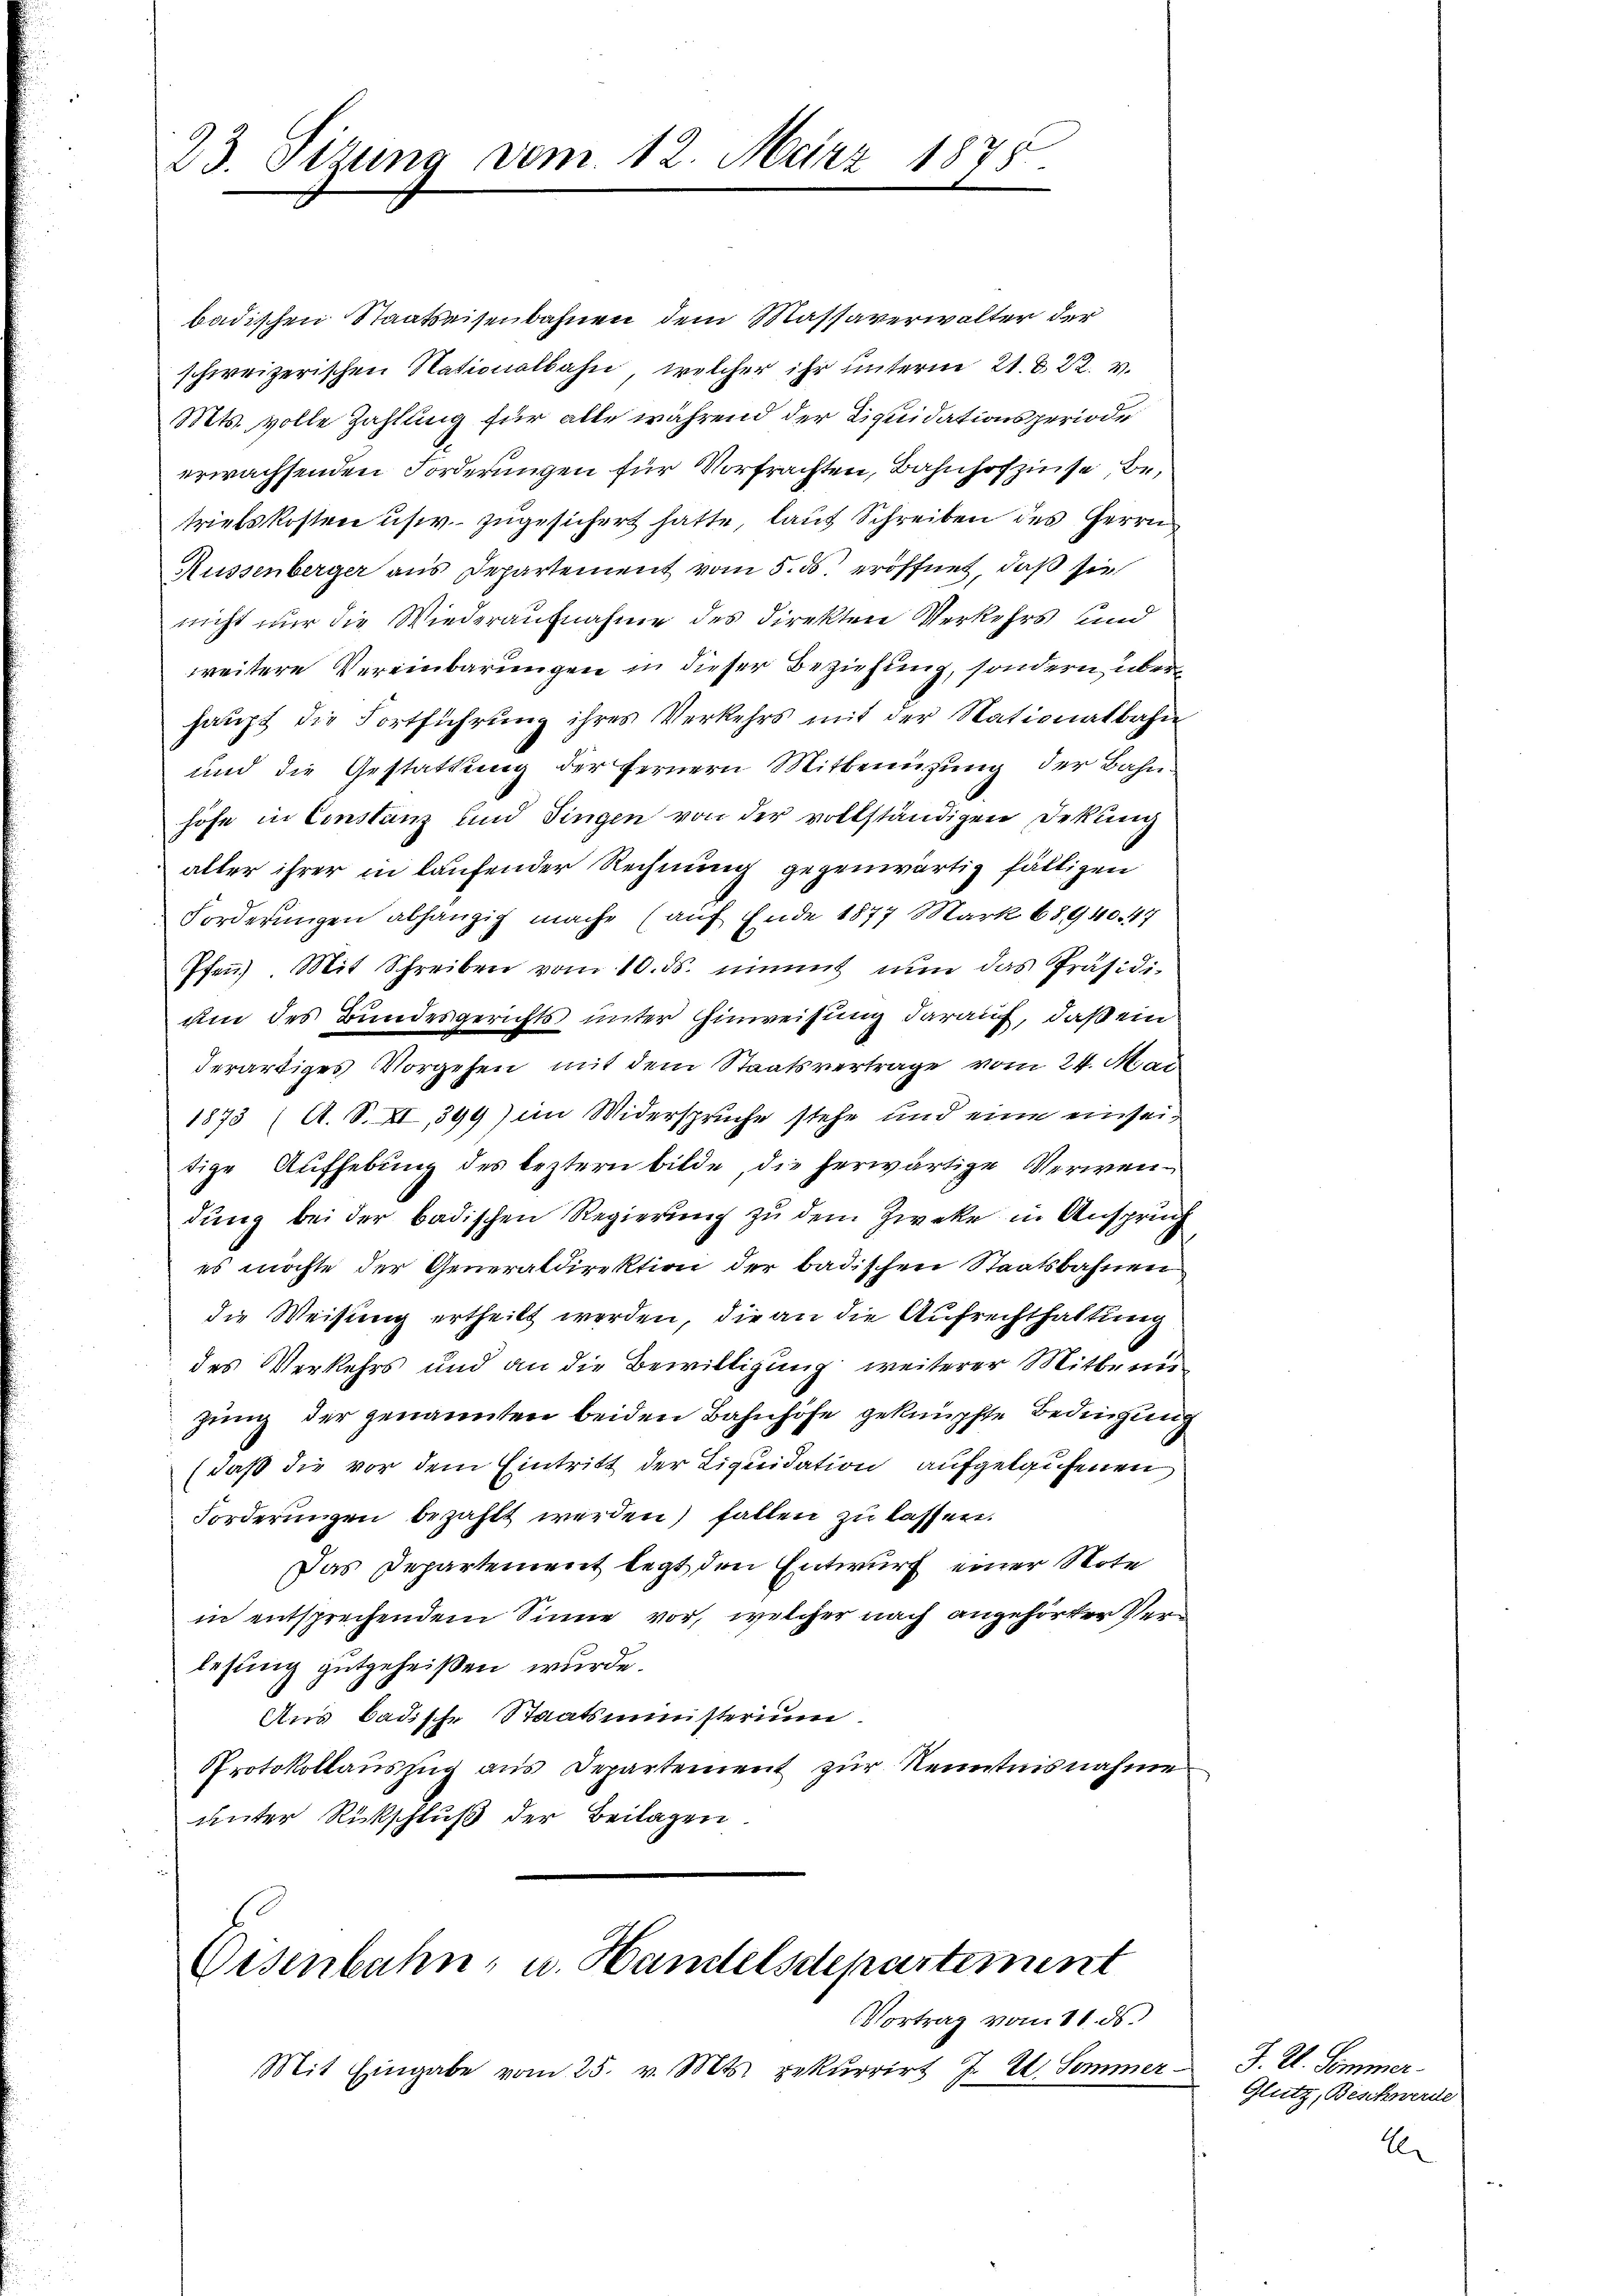
23. Sizung vom 12. März 1875.

badischen Staatseisenbahnen dem Massaverwalter der
schweizerischen Nationalbahn, welcher ihr unterm 21. d. 22. v.
Mts. volle Zahlung für alle während der Liquidationsperiode
erwachsenden Forderungen für Vorfrachten, Bahnhofzinse, betriebskosten usw. zugesichert hatte, lauf Schreiben des Herrn
Rüssenberger aus Departement vom 5. ds. eröffnet, daß sie
nicht nur die Wiederaufnahme des Direkten Verkehrs und
weitere Vereinbarungen in dieser Beziehung, sondern überhaŭpt die Fortführŭng ihres Verkehrs mit der Nationalbahn
und die Gestattung der fernern Mitbenüzung der Bahn
höfe in Constanz und Fingen von der vollständigen Dekŭng
aller ihrer in laufender Rechnung gegenwärtig fälligen
Forderungen abhängig mache (auf Ende 1877 Mark 68,940. 47
Pfen. Mit Schreiben vom 10. ds. einmit nun das Präsidi-
um des Bundesgerichts unter Hinweisung darauf, daß ein
derartiges Vorgehen mit dem Staatsvertrage vom 24. Mai
1873 (A. S. XI, 399) im Widersprüche stehe und eine einseitige Aufhebung des leztern bilde, die herwärtige Verwendung bei der badischen Regierung zu dem Zweke in Anspruch
es möchte der Generaldirektion der badischen Staatsbahnen
die Weisung ertheilt werden, die an die Aufrechthaltung
des Verkehrs und an die Bewilligung weiterer Mitbenu
zung der genannten beiden Bahnhöfe geknüpfte Bedingung
(daß die vor dem Eintritt der Liquidation aufgelaufenen
Forderungen bezahlt werden, fallen zu lassen.
Das Departement legt den Entwurf einer Note
in entsprechendem Sinne vor, welcher nach angehörter Verlesung gutgeheißen wurde.
Aus badische Staatsministerium
Protokollaŭszŭg aŭs Departement zŭr Kenntnisnahme
unter Rückschluß der Beilagen

Oesenbahn- u. Handelsdepartement
Vortrag vom 11. ds.

Mit Eingabe vom 25. v. Mts. rekurrirt J. E. Sommer

J. A. Sommer.
Glutz, Beschwerde
A.